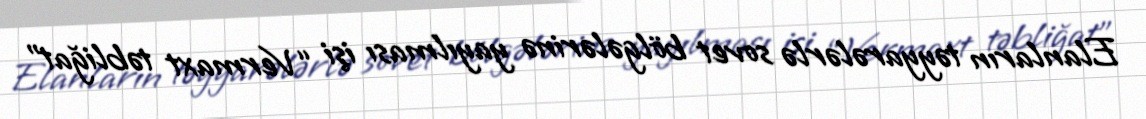
Elanların təyyarələrlə sovet bölgələrinə yayılması işi “Vermaxt təbliğat”